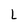
Character: L